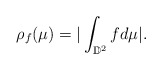
\begin{align*}\rho_f(\mu) = |\int_{\mathbb{D}^2} f d\mu|.\end{align*}